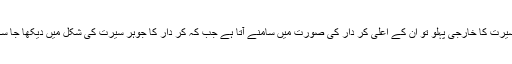
ان کی سیرت کا خارجی پہلو تو ان کے اعلیٰ کر دار کی صورت میں سامنے آتا ہے جب کہ کر دار کا جوہر سیرت کی شکل میں دیکھا جا سکتا ہے۔